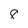
Character: 8